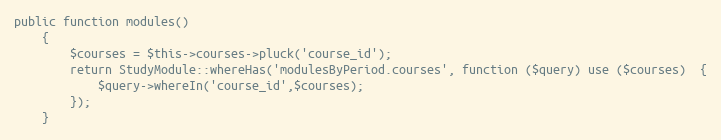
Language: PHP
public function modules()
    {
        $courses = $this->courses->pluck('course_id');
        return StudyModule::whereHas('modulesByPeriod.courses', function ($query) use ($courses)  {
            $query->whereIn('course_id',$courses);
        });
    }